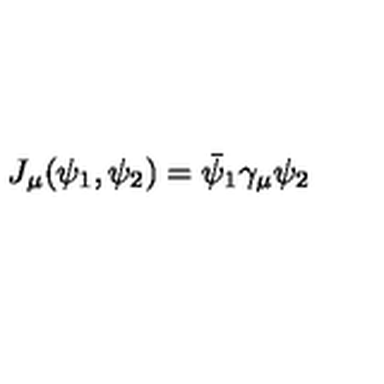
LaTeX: J _ { \mu } ( \psi _ { 1 } , \psi _ { 2 } ) = \bar { \psi } _ { 1 } \gamma _ { \mu } \psi _ { 2 }